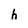
Character: h